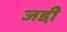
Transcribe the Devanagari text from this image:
जडी़